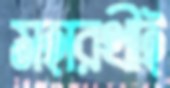
মহারথীই